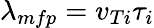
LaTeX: \lambda_{mfp}=v_{Ti}\tau_{i}